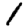
Digit: 1